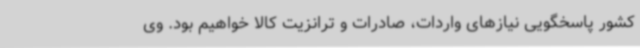
کشور پاسخگویی نیازهای واردات، صادرات و ترانزیت کالا خواهیم بود. وی